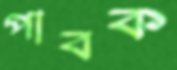
পাবক